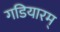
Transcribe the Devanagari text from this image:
गडियारम्